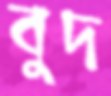
বুদ